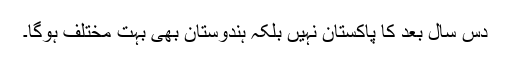
دس سال بعد کا پاکستان نہیں بلکہ ہندوستان بھی بہت مختلف ہوگا۔